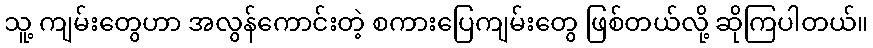
သူ့ ကျမ်းတွေဟာ အလွန်ကောင်းတဲ့ စကားပြေကျမ်းတွေ ဖြစ်တယ်လို့ ဆိုကြပါတယ်။